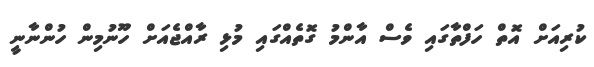
ކުރިއަށް އޮތް ހަފްތާގައި ވެސް އާންމު ގޮތެއްގައި މުޅި ރާއްޖެއަށް ހޫނުމިން ހުންނާނީ